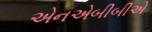
એનએબીબીએ